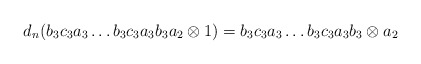
\begin{align*}d_n(b_3c_3a_3 \dots b_3c_3a_3b_3a_2 \otimes 1) = b_3c_3a_3 \dots b_3c_3a_3b_3 \otimes a_2\end{align*}